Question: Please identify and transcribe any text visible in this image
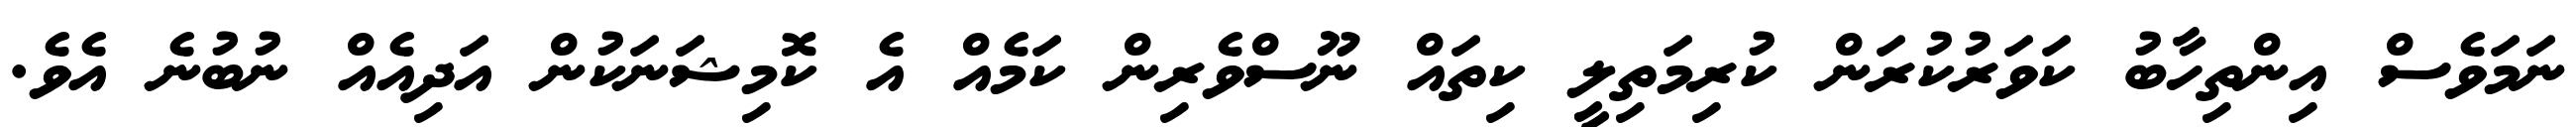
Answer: ނަމަވެސް އިންތިހާބު ކަވަރުކުރަން ކުރިމަތިލީ ކިތައް ނޫސްވެރިން ކަމެއް އެ ކޮމިޝަނަކުން އަދިއެއް ނުބުނެ އެވެ.